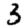
Digit: 3